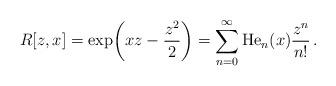
LaTeX: \begin{align*}R[z,x]={\exp}{\left(x z-\frac{z^2}{2}\right)}=\sum\limits_{n=0}^{\infty}\mathrm{He}_n(x)\frac{z^n}{n!}\,.\end{align*}